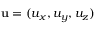
\mathbf { u } = ( u _ { x } , u _ { y } , u _ { z } )